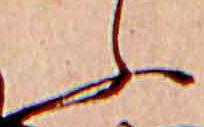
ふ